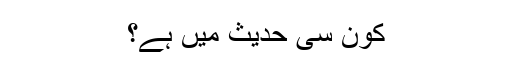
کون سی حدیث میں ہے؟